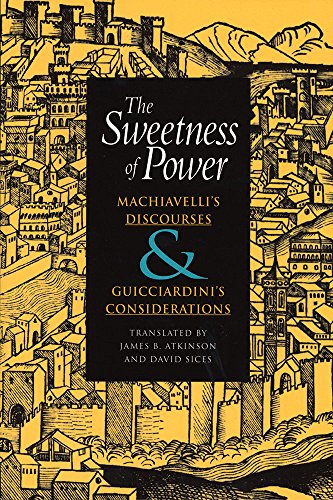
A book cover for The Sweetness of Power: Machiavelli's Discourses and Guicciardini's Considerations; Niccolo Machiavelli; Politics & Social Sciences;